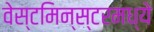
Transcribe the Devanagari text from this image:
वेस्टमिन्स्टरमध्ये